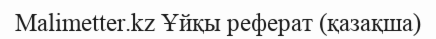
Malimetter.kz Ұйқы реферат (қазақша)